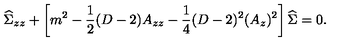
{ \widehat \Sigma } _ { z z } + \left[ m ^ { 2 } - { \frac { 1 } { 2 } } ( D - 2 ) A _ { z z } - { \frac { 1 } { 4 } } ( D - 2 ) ^ { 2 } ( A _ { z } ) ^ { 2 } \right] { \widehat \Sigma } = 0 .